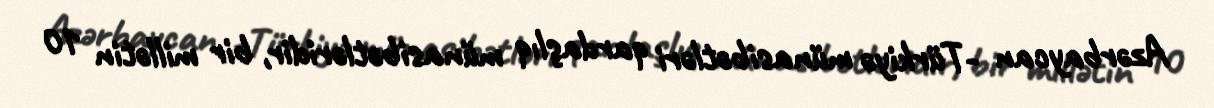
Azərbaycan -Türkiyə münasibətləri qardaşlıq münasibətləridir, bir millətin 10